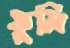
ফুমি